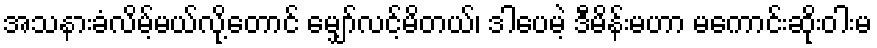
အသနားခံလိမ့်မယ်လို့တောင် မျှော်လင့်မိတယ်၊ ဒါပေမဲ့ ဒီမိန်းမဟာ မကောင်းဆိုးဝါးမ